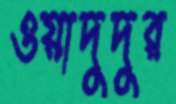
ওয়াদুদুর